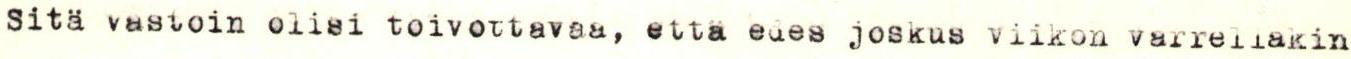
sitä vastoin olisi toivottavaa, että edes joskus viikon varrellakin